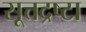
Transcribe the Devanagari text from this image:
सूत्तद्रष्टा